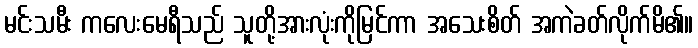
မင်းသမီး ကလေးမေရီသည် သူတို့အားလုံးကိုမြင်ကာ အသေးစိတ် အကဲခတ်လိုက်မိ၏။